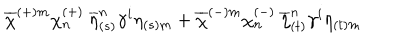
LaTeX: \overline { { { \chi } } } ^ { ( + ) m } \chi _ { n } ^ { ( + ) } \: \overline { { { \eta } } } _ { ( s ) } ^ { n } \gamma ^ { i } \eta _ { ( s ) m } + \overline { { { \chi } } } ^ { ( - ) m } \chi _ { n } ^ { ( - ) } \: \overline { { { \eta } } } _ { ( t ) } ^ { n } \gamma ^ { i } \eta _ { ( t ) m }